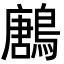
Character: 鶶